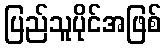
ပြည်သူပိုင်အဖြစ်